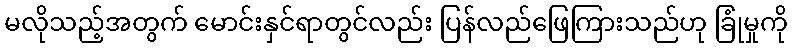
မလိုသည့်အတွက် မောင်းနှင်ရာတွင်လည်း ပြန်လည်ဖြေကြားသည်ဟု ခြုံမှုကို